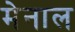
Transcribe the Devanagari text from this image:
मेनाल